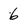
Character: 6